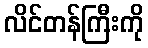
လိင်တန်ကြီးကို